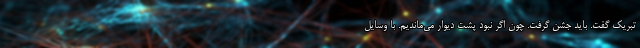
تبریک گفت. باید جشن گرفت. چون اگر نبود پشت دیوار می‌ماندیم. با وسایل